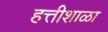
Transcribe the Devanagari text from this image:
हत्तीशाळा